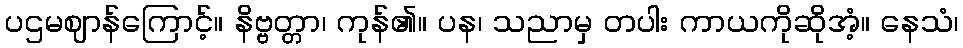
ပဌမဈာန်ကြောင့်။ နိဗ္ဗတ္တာ၊ ကုန်၏။ ပန၊ သညာမှ တပါး ကာယကိုဆိုအံ့။ နေသံ၊